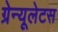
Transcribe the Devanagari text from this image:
ग्रेन्यूलेटस